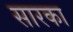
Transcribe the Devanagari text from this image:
सारका